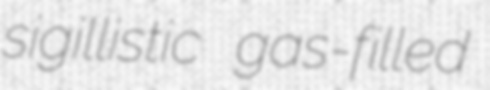
sigillistic gas-filled